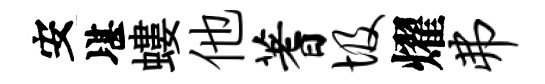
安堪螻他蓍圾燿弗